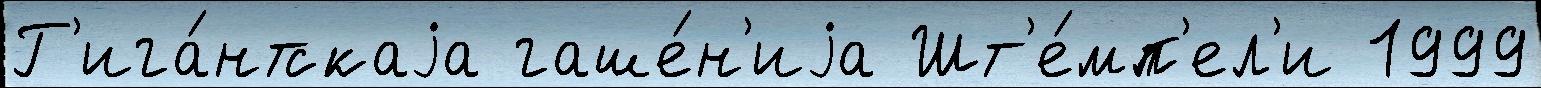
Г'ига́нтскаjа гаше́н'иjа Шт'е́мп'ел'и 1999